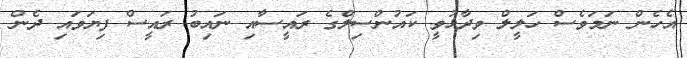
އެހެން ނަމަވެސް ހަލީލް ވިދާޅުވީ ކައުންސިލްގެ ރައީސާއި ނައިބު ރައީސް ފިޔަވައި ދެން